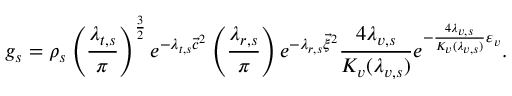
g _ { s } = \rho _ { s } \left( \frac { \lambda _ { t , s } } { \pi } \right) ^ { \frac { 3 } { 2 } } e ^ { - \lambda _ { t , s } { \vec { c } } ^ { 2 } } \left( \frac { \lambda _ { r , s } } { \pi } \right) e ^ { - \lambda _ { r , s } { \vec { \xi } } ^ { 2 } } \frac { 4 \lambda _ { v , s } } { K _ { v } ( \lambda _ { v , s } ) } e ^ { - \frac { 4 \lambda _ { v , s } } { K _ { v } ( \lambda _ { v , s } ) } \varepsilon _ { v } } .